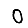
Digit: 0